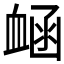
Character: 𧖾